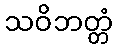
သဝိဘတ္တံ